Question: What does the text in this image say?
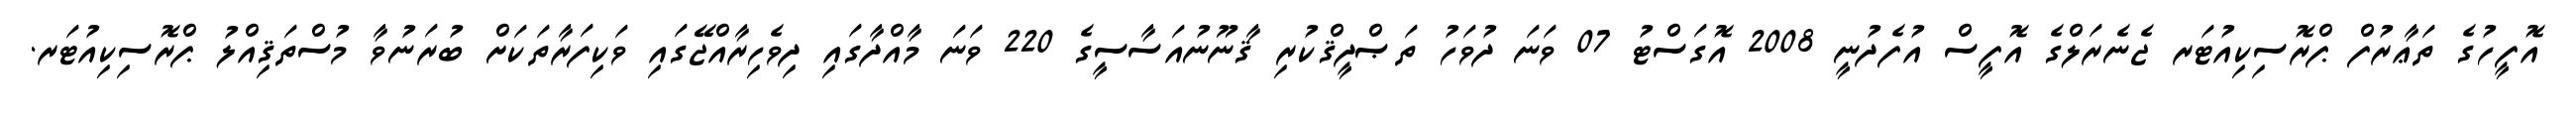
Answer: އޮފީހުގެ ތަޢާރުފް ޕްރޮސިކިއުޓަރ ޖެނެރަލްގެ އޮފީސް އުފެދުނީ 2008 އޮގަސްޓު 07 ވަނަ ދުވަހު ތަޞްދީޤްކުރި ޤާނޫނުއަސާސީގެ 220 ވަނަ މާއްދާގައި ދިވެހިރާއްޖޭގައި ވަކިފަރާތަކަށް ބުރަނުވާ މުސްތަޤިއްލު ޕްރޮސިކިއުޓަރ.